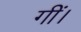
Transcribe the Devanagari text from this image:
गीं।